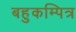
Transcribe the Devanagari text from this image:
बहुकम्पित्र